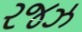
રજઝ